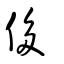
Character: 侈